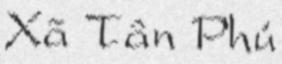
Xã Tân Phú